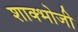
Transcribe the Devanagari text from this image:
शाक्भोजी